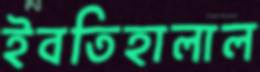
ইবতিহালাল